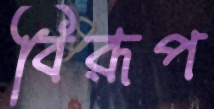
বিরূপ